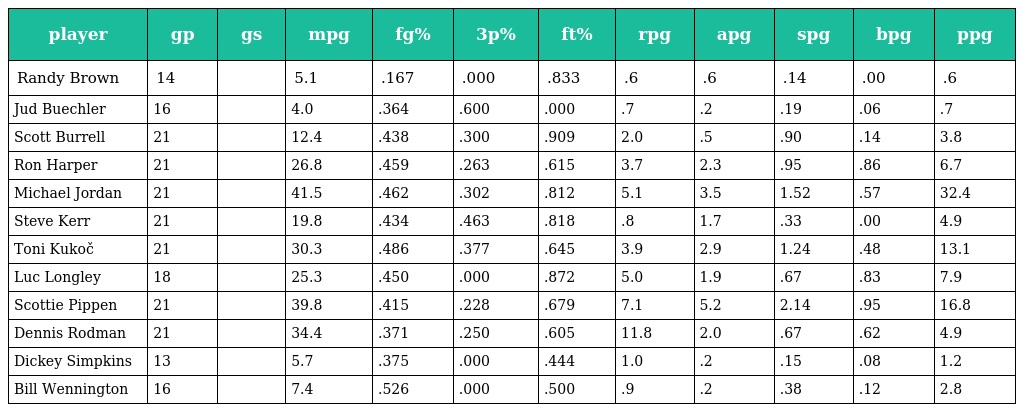
| player | gp | gs | mpg | fg% | 3p% | ft% | rpg | apg | spg | bpg | ppg |
 | --- | --- | --- | --- | --- | --- | --- | --- | --- | --- | --- | --- |
 | Randy Brown | 14 |  | 5.1 | .167 | .000 | .833 | .6 | .6 | .14 | .00 | .6 |
 | Jud Buechler | 16 |  | 4.0 | .364 | .600 | .000 | .7 | .2 | .19 | .06 | .7 |
 | Scott Burrell | 21 |  | 12.4 | .438 | .300 | .909 | 2.0 | .5 | .90 | .14 | 3.8 |
 | Ron Harper | 21 |  | 26.8 | .459 | .263 | .615 | 3.7 | 2.3 | .95 | .86 | 6.7 |
 | Michael Jordan | 21 |  | 41.5 | .462 | .302 | .812 | 5.1 | 3.5 | 1.52 | .57 | 32.4 |
 | Steve Kerr | 21 |  | 19.8 | .434 | .463 | .818 | .8 | 1.7 | .33 | .00 | 4.9 |
 | Toni Kukoč | 21 |  | 30.3 | .486 | .377 | .645 | 3.9 | 2.9 | 1.24 | .48 | 13.1 |
 | Luc Longley | 18 |  | 25.3 | .450 | .000 | .872 | 5.0 | 1.9 | .67 | .83 | 7.9 |
 | Scottie Pippen | 21 |  | 39.8 | .415 | .228 | .679 | 7.1 | 5.2 | 2.14 | .95 | 16.8 |
 | Dennis Rodman | 21 |  | 34.4 | .371 | .250 | .605 | 11.8 | 2.0 | .67 | .62 | 4.9 |
 | Dickey Simpkins | 13 |  | 5.7 | .375 | .000 | .444 | 1.0 | .2 | .15 | .08 | 1.2 |
 | Bill Wennington | 16 |  | 7.4 | .526 | .000 | .500 | .9 | .2 | .38 | .12 | 2.8 |